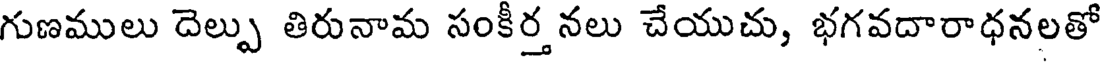
గుణములు దెల్పు తిరునామ సంకీర్త నలు చేయుచు, భగవదారాధనలతో